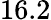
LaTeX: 16.2